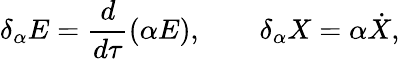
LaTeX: \delta_{\alpha}E=\frac{d}{d\tau}(\alpha E),\qquad\delta_{\alpha}X=\alpha\dot{X},